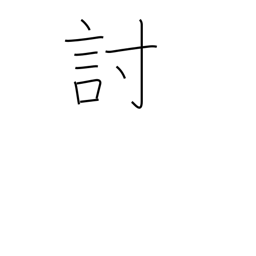
Meaning: defeat